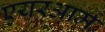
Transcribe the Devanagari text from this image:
एयरआर्म